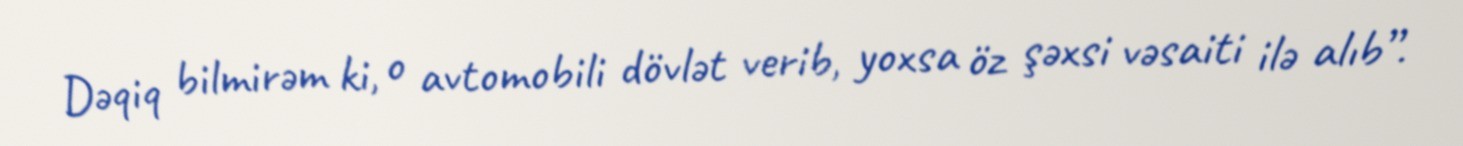
Dəqiq bilmirəm ki, o avtomobili dövlət verib, yoxsa öz şəxsi vəsaiti ilə alıb”.